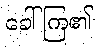
ခေါ်ကြ၏